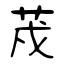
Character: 荗